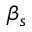
\beta _ { s }